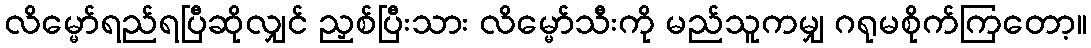
လိမ္မော်ရည်ရပြီဆိုလျှင် ညှစ်ပြီးသား လိမ္မော်သီးကို မည်သူကမျှ ဂရုမစိုက်ကြတော့။